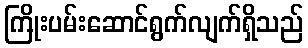
ကြိုးပမ်းဆောင်ရွက်လျက်ရှိသည်